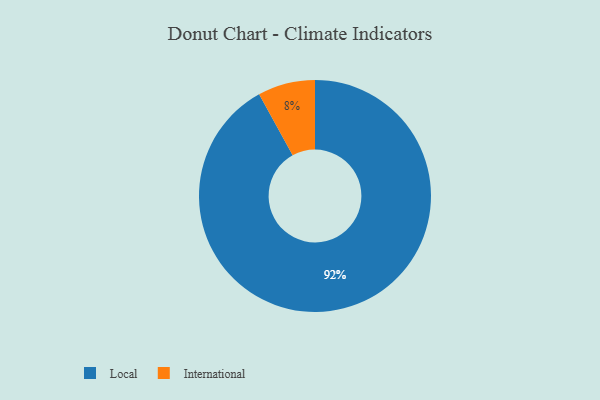
{"axis": {"x": "Category", "y": "Percentage"}, "legend": ["International", "Local"], "data": [{"x": "International", "y": 8, "type": "International"}, {"x": "Local", "y": 92, "type": "Local"}]}